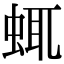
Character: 𧋖